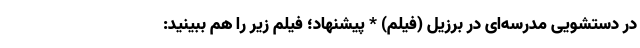
در دستشویی مدرسه‌ای در برزیل (فیلم) * پیشنهاد؛ فیلم‌ زیر را هم ببینید: